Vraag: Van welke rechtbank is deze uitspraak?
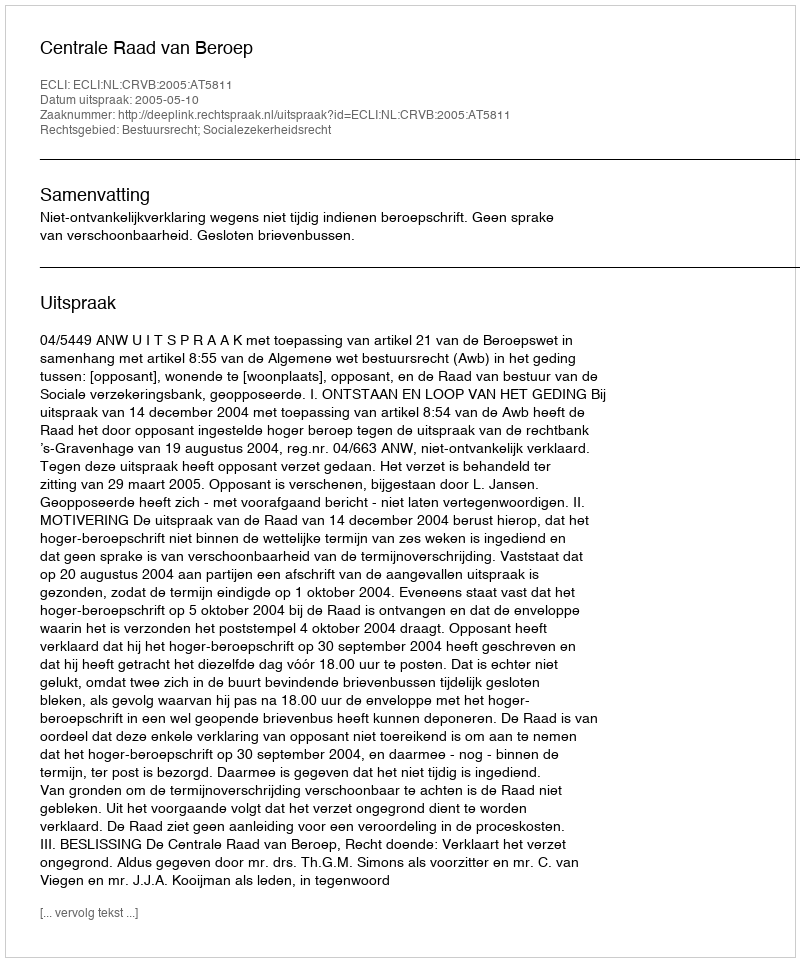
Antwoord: Centrale Raad van Beroep